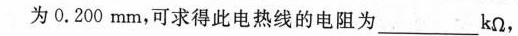
为0.200mm，可求得此电热线的电阻为___kΩ，